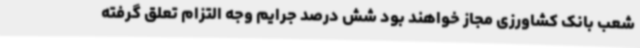
شعب بانک کشاورزی مجاز خواهند بود شش درصد جرایم وجه التزام تعلق گرفته